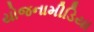
યોજનામીડિયા